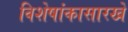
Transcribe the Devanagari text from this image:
विशेषांकासारखे